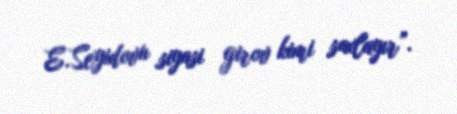
E.Seyidovu siyasi girov kimi saxlayır”.